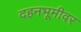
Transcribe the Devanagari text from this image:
दहनभूमीवर